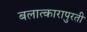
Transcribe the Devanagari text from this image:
बलात्कारापुरती